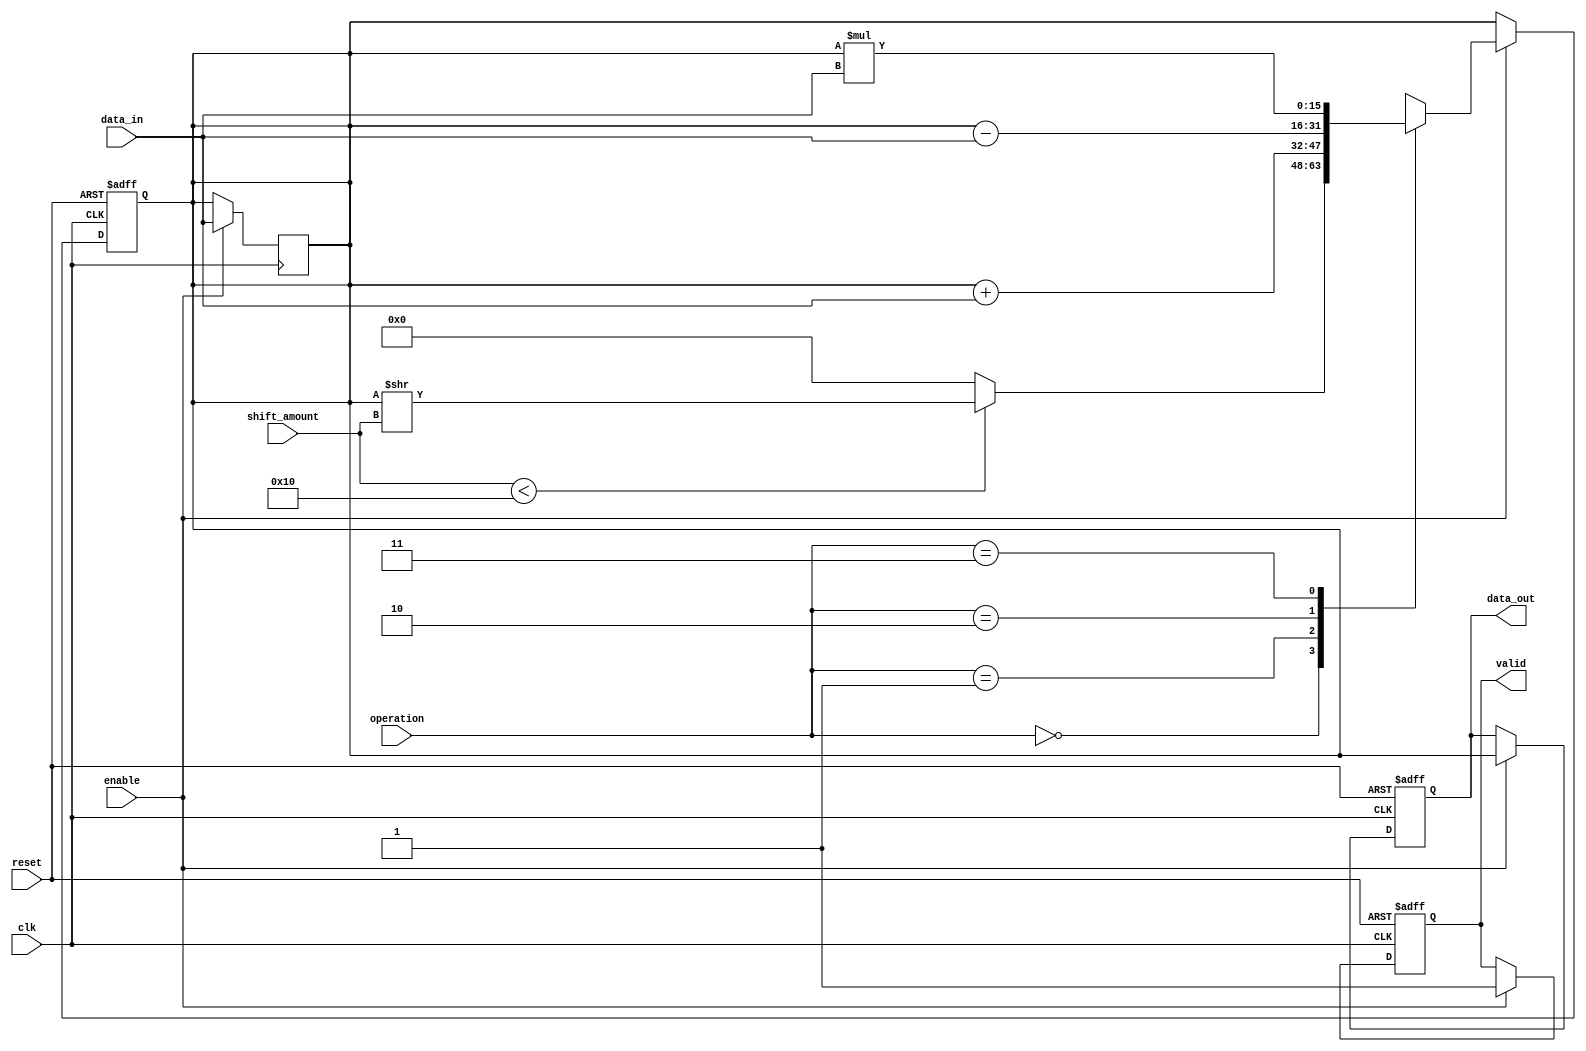
module LogarithmicShiftRegister #(
    parameter DATA_WIDTH = 16, // Default data width
    parameter LOG_WIDTH = 4     // Logarithmic shift width (for example, log2(16) = 4)
)(
    input wire clk,
    input wire reset,
    input wire enable,
    input wire [DATA_WIDTH-1:0] data_in,
    input wire [LOG_WIDTH-1:0] shift_amount, // Amount to shift
    input wire [1:0] operation, // 00: Shift, 01: Add, 10: Subtract, 11: Multiply
    output reg [DATA_WIDTH-1:0] data_out,
    output reg valid // Indicates valid output
);

    reg [DATA_WIDTH-1:0] shift_reg; // Internal shift register

    // Control logic for reset and enable
    always @(posedge clk or posedge reset) begin
        if (reset) begin
            shift_reg <= 0;
            data_out <= 0;
            valid <= 0;
        end else if (enable) begin
            case (operation)
                2'b00: begin // Logarithmic Shift
                    // Perform logarithmic shift
                    if (shift_amount < DATA_WIDTH) begin
                        shift_reg <= shift_reg >> shift_amount; // Right shift
                    end else begin
                        shift_reg <= 0; // Shift out of bounds
                    end
                end
                2'b01: begin // Addition
                    shift_reg <= shift_reg + data_in;
                end
                2'b10: begin // Subtraction
                    shift_reg <= shift_reg - data_in;
                end
                2'b11: begin // Multiplication
                    shift_reg <= shift_reg * data_in;
                end
                default: begin
                    shift_reg <= shift_reg; // No operation
                end
            endcase
            data_out <= shift_reg; // Output the current state of the shift register
            valid <= 1; // Output is valid after operation
        end
    end

    // Input buffer to load data into the shift register
    always @(posedge clk) begin
        if (enable) begin
            shift_reg <= data_in; // Load new data into the shift register
        end
    end

endmodule